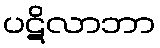
ပဋိလာဘာ